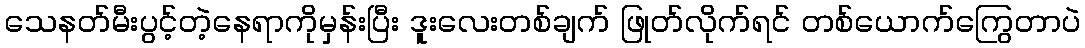
သေနတ်မီးပွင့်တဲ့နေရာကိုမှန်းပြီး ဒူးလေးတစ်ချက် ဖြုတ်လိုက်ရင် တစ်ယောက်ကြွေတာပဲ